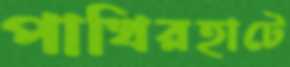
পাখিরহাটে